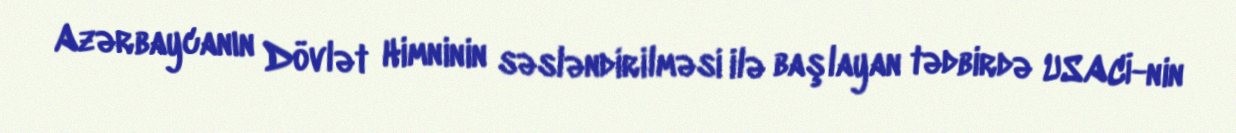
Azərbaycanın Dövlət Himninin səsləndirilməsi ilə başlayan tədbirdə USACİ-nin